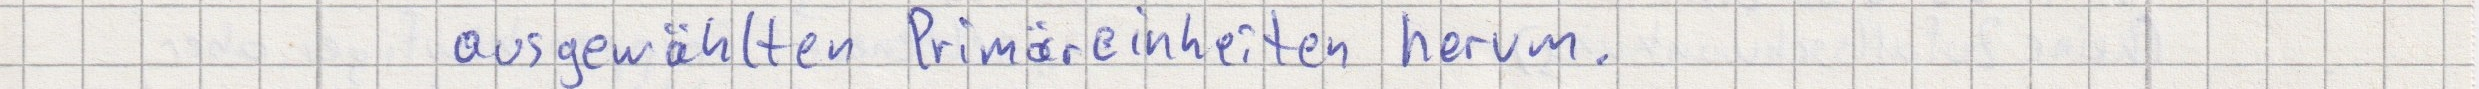
ausgewählten Primäreinheiten herum.